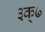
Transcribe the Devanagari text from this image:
३क्७